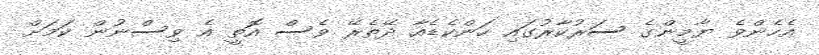
އެހެންވެ ޔާމީންގެ ސަރުކާރުގައި ހަންކެޑެއާ ދޭތެރޭ ވެސް އޮތީ އެ ވިސްނުން ކަމަށް